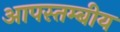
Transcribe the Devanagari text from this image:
आपस्तम्बीय